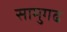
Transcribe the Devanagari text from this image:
सामुगढ